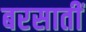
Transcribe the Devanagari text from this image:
बरसातीं